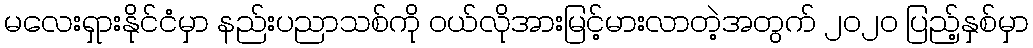
မလေးရှားနိုင်ငံမှာ နည်းပညာသစ်ကို ဝယ်လိုအားမြင့်မားလာတဲ့အတွက် ၂၀၂၀ ပြည့်နှစ်မှာ